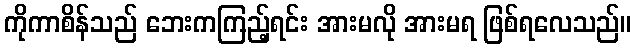
ကိုကာစိန်သည် ဘေးကကြည့်ရင်း အားမလို အားမရ ဖြစ်ရလေသည်။